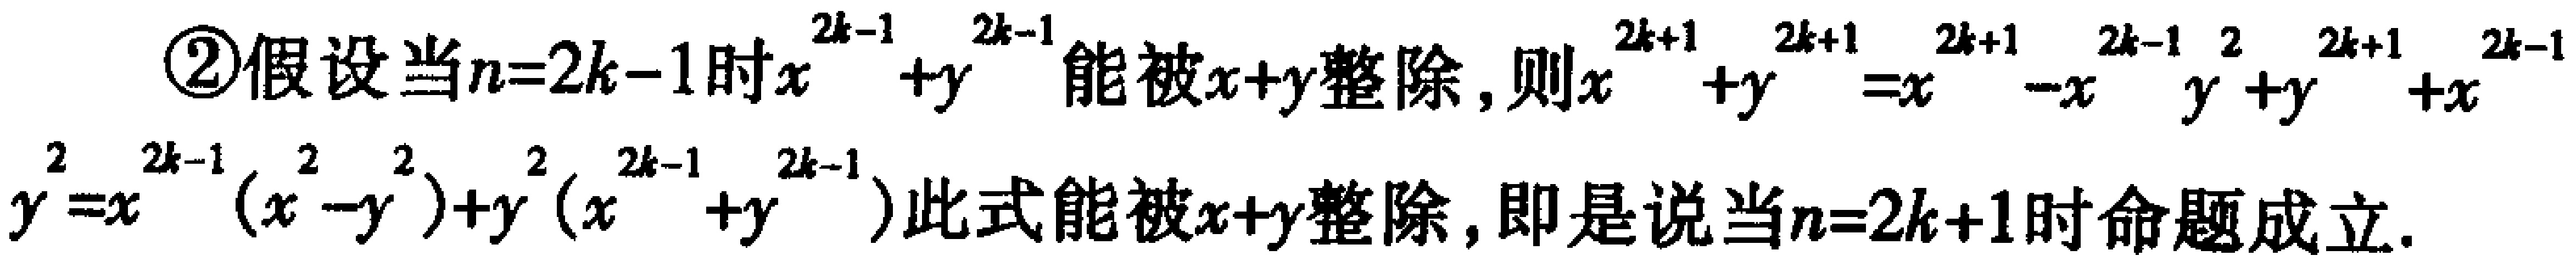
\textcircled{2}假设当\(n = 2k - 1\)时\(x^{2k - 1}+y^{2k - 1}\)能被\(x + y\)整除，则\(x^{2k + 1}+y^{2k + 1}=x^{2k - 1}-x^{2k - 1}y^{2}+y^{2k - 1}+x^{2}y^{2k - 1}=x^{2k - 1}(x^{2}-y^{2})+y^{2}(x^{2k - 1}+y^{2k - 1})\)此式能被\(x + y\)整除，即是说当\(n = 2k + 1\)时命题成立。